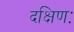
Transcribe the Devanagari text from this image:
दक्षिणः